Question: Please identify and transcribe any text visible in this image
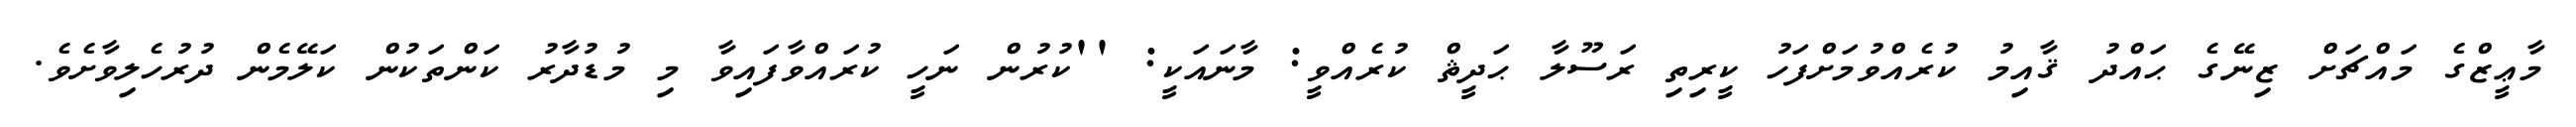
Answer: މާޢީޒްގެ މައްޗަށް ޒިނޭގެ ޙައްދު ޤާއިމު ކުރެއްވުމަށްފަހު ކީރިތި ރަސޫލާ ޙަދީޘް ކުރެއްވީ: މާނައަކީ: ''ކުރުން ނަހީ ކުރައްވާފައިވާ މި މުޑުދާރު ކަންތަކުން ކަލޭމެން ދުރުހެލިވާށެވެ.